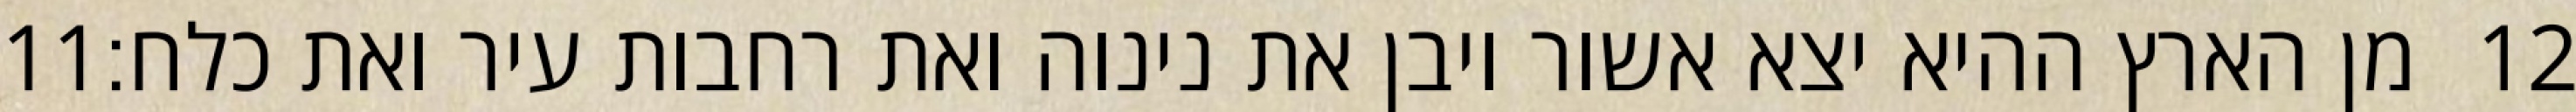
‎11‏ מן הארץ ההיא יצא אשור ויבן את נינוה ואת רחבות עיר ואת כלח׃ ‎12‏